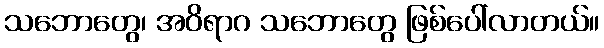
သဘောတွေ၊ အဝိရာဂ သဘောတွေ ဖြစ်ပေါ်လာတယ်။